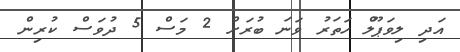
އަދި ލިވަޕޫލް ހަތަރު ވަނަ ބުރަށް 2 މަސް 5 ދުވަސް ކުރިން